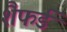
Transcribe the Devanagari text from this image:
शैफर्ड